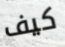
كيف